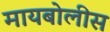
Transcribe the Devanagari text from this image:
मायबोलीस